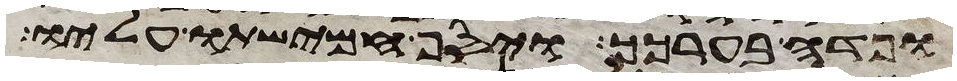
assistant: ופדה בערכך ויסף חמישתו עליו